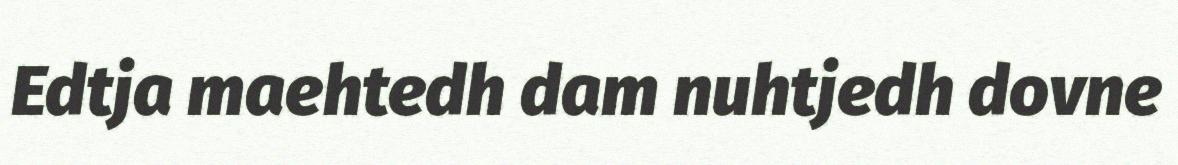
Edtja maehtedh dam nuhtjedh dovne